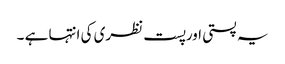
یہ پستی اورپست نظری کی انتہا ہے ۔